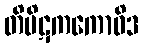
တိပိဋကကောဝိဒ